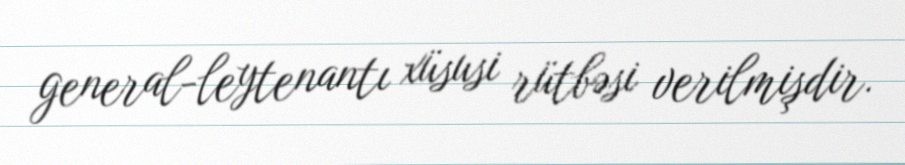
general-leytenantı xüsusi rütbəsi verilmişdir.